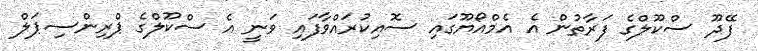
ފޭދޫ ސްކޫލްގެ ފަރާތުން އެ އެމްއޯޔޫގައި ސޮއިކުރައްވާފައި ވަނީ އެ ސްކޫލްގެ ޕްރިންސިޕަލް